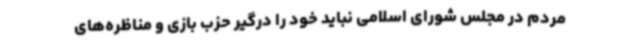
مردم در مجلس شورای اسلامی نباید خود را درگیر حزب بازی و مناظره‌های